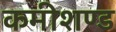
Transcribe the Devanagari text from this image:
कमीशण्ड